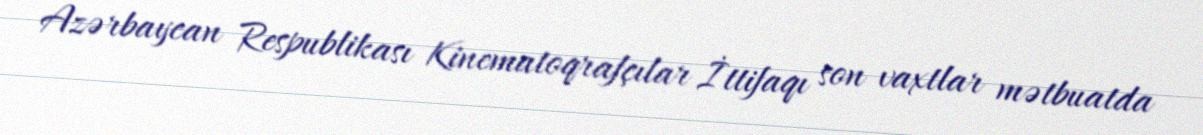
Azərbaycan Respublikası Kinematoqrafçılar İttifaqı son vaxtlar mətbuatda